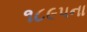
૧૮૯૫ના